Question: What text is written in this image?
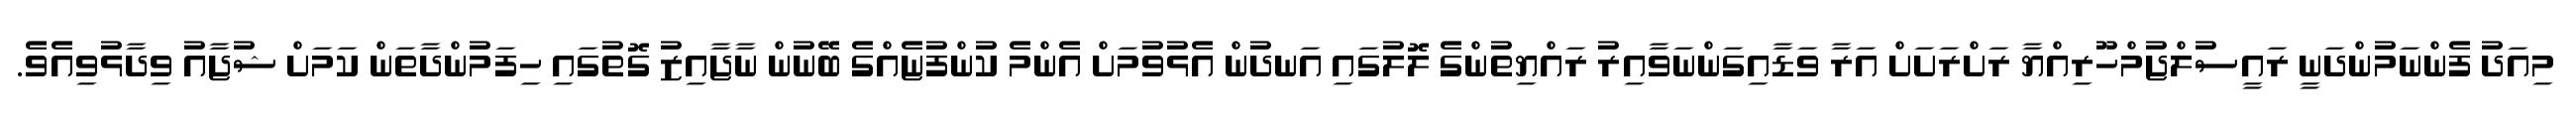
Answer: މިއަދު ފެންނަމުންދަނީ ރައީސުލްޖުމްހޫރިއްޔާ ރަށްރަށަށް އަރާ ވަޑާއިގަންނަވާއިރު ރައްޔިތުންގެ ލޮލުގައި އަނދުން އެޅުވުމަށް އެންމެ ކުންފުޏެއްގެ ބޭނުން ނާޖާއިޒު ގޮތުގައި ހިފަމުންދާތަން ކަމަށް ޝުޖާއު ވިދާޅުވިއެވެ.